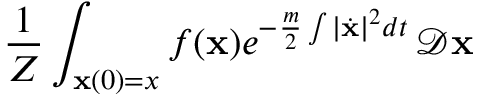
{ \frac { 1 } { Z } } \int _ { \mathbf { x } ( 0 ) = x } f ( \mathbf { x } ) e ^ { - { \frac { m } { 2 } } \int | { \dot { \mathbf { x } } } | ^ { 2 } d t } \, { \mathcal { D } } \mathbf { x }